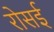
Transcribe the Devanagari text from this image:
रोसई